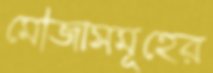
মৌজাসমূহের